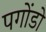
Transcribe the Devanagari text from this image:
पगोंडो